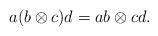
LaTeX: \begin{gather*}a(b\otimes c)d=ab \otimes cd.\end{gather*}